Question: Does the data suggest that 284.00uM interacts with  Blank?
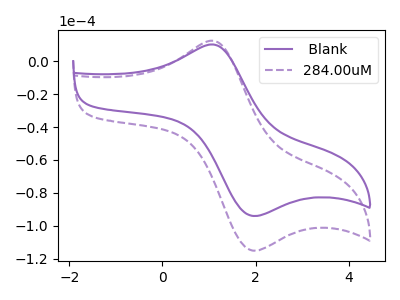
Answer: <think>The purple curve " Blank" has an anodic peak at (1.05V, 10.20uA) and a cathodic peak at (1.90V, -93.60uA). The purple dashed curve "284.00uM" has an anodic peak at (1.05V, 12.50uA) and a cathodic peak at (1.90V, -114.60uA).
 All the peaks in "284.00uM" have a peak in " Blank" at the same potential. Every peak in "284.00uM" is higher than every peak in " Blank".</think>
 <answer>No, "284.00uM" and " Blank" don't appear to be significantly different in shape</answer>
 <eval>no_change</eval>